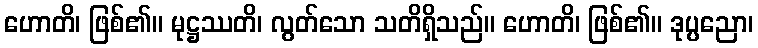
ဟောတိ၊ ဖြစ်၏။ မုဋ္ဌဿတိ၊ လွတ်သော သတိရှိသည်။ ဟောတိ၊ ဖြစ်၏။ ဒုပ္ပညော၊